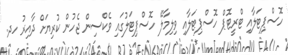
ހޮސްޕިޓަލާއި ޓްރީޓޮޕް ހޮސްޕިޓަލާއި ވިލިމާލޭ ހޮސްޕިޓަލުގައި ވެކްސިން ޖެހުން ކުރިޔަށް ދާއިރު ހދ.